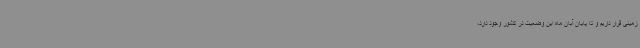
زمینی قرار داریم و تا پایان آبان ماه این وضعیت در کشور وجود دارد،